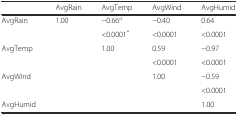
<table><thead><tr><td></td><td><b>AvgRain</b></td><td><b>AvgTemp</b></td><td><b>AvgWind</b></td><td><b>AvgHumid</b></td></tr></thead><tbody><tr><td>AvgRain</td><td>1.00</td><td>−0.66<sup><i>a</i></sup></td><td>−0.40</td><td>0.64</td></tr><tr><td></td><td></td><td>&lt;0.0001<sup>*</sup></td><td>&lt;0.0001</td><td>&lt;0.0001</td></tr><tr><td>AvgTemp</td><td></td><td>1.00</td><td>0.59</td><td>−0.97</td></tr><tr><td></td><td></td><td></td><td>&lt;0.0001</td><td>&lt;0.0001</td></tr><tr><td>AvgWind</td><td></td><td></td><td>1.00</td><td>−0.59</td></tr><tr><td></td><td></td><td></td><td></td><td>&lt;0.0001</td></tr><tr><td>AvgHumid</td><td></td><td></td><td></td><td>1.00</td></tr></tbody></table>